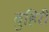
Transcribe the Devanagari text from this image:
बुहिरी